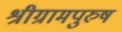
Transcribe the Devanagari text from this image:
श्रीग्रामपुरुष